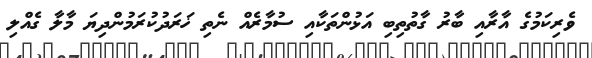
ވެރިކަމުގެ އާރާއި ބާރު ގާތުތިބި އަޅުންތަކާއި ސުމާރެއް ނެތި ޚަރަދުކުރަމުންދިޔަ މާލާ ގެއްލި